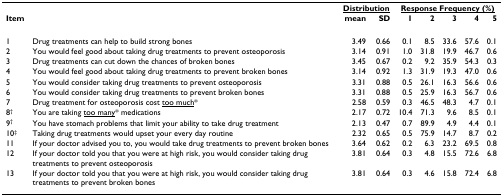
|  |  | <COLSPAN=2> <underline>Distribution</underline> | <COLSPAN=5> <underline>Response Frequency (%)</underline> |
 | Item |  | mean | SD | 1 | 2 | 3 | 4 | 5 |
 | --- | --- | --- | --- | --- | --- | --- | --- | --- |
 | 1 | Drug treatments can help to build strong bones | 3.49 | 0.66 | 0.1 | 8.5 | 33.6 | 57.6 | 0.1 |
 | 2 | You would feel good about taking drug treatments to prevent osteoporosis | 3.14 | 0.91 | 1.0 | 31.8 | 19.9 | 46.7 | 0.6 |
 | 3 | Drug treatments can cut down the chances of broken bones | 3.45 | 0.67 | 0.2 | 9.2 | 35.9 | 54.3 | 0.3 |
 | 4 | You would feel good about taking drug treatments to prevent broken bones | 3.14 | 0.92 | 1.3 | 31.9 | 19.3 | 47.0 | 0.6 |
 | 5 | You would consider taking drug treatments to prevent osteoporosis | 3.31 | 0.88 | 0.5 | 26.1 | 16.3 | 56.6 | 0.6 |
 | 6 | You would consider taking drug treatments to prevent broken bones | 3.31 | 0.88 | 0.5 | 25.9 | 16.3 | 56.7 | 0.6 |
 | 7 | Drug treatment for osteoporosis cost <underline>too much</underline>* | 2.58 | 0.59 | 0.3 | 46.5 | 48.3 | 4.7 | 0.1 |
 | 8† | You are taking <underline>too many</underline>* medications | 2.17 | 0.72 | 10.4 | 71.3 | 9.6 | 8.5 | 0.1 |
 | 9† | You have stomach problems that limit your ability to take drug treatment | 2.13 | 0.47 | 0.7 | 89.9 | 4.9 | 4.4 | 0.1 |
 | 10‡ | Taking drug treatments would upset your every day routine | 2.32 | 0.65 | 0.5 | 75.9 | 14.7 | 8.7 | 0.2 |
 | 11 | If your doctor advised you to, you would take drug treatments to prevent broken bones | 3.64 | 0.62 | 0.2 | 6.3 | 23.2 | 69.5 | 0.8 |
 | 12 | If your doctor told you that you were at high risk, you would consider taking drug treatments to prevent osteoporosis | 3.81 | 0.64 | 0.3 | 4.8 | 15.5 | 72.6 | 6.8 |
 | 13 | If your doctor told you that you were at high risk, you would consider taking drug treatments to prevent broken bones | 3.81 | 0.64 | 0.3 | 4.6 | 15.8 | 72.4 | 6.8 |